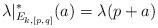
LaTeX: \begin{align*}\lambda|_{E_{k,[p,q]}}^*(a) = \lambda(p+a)\end{align*}